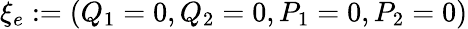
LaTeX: \xi_{e}:=(Q_{1}=0,Q_{2}=0,P_{1}=0,P_{2}=0)